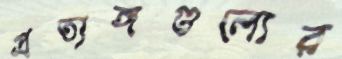
প্রত্যঙ্গগুলোর